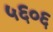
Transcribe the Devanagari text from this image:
५६०६